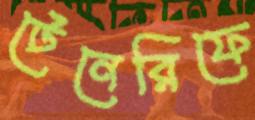
টেনেরিফে